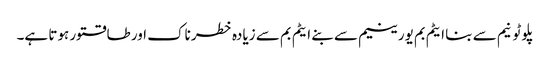
پلوٹونیم سے بنا ایٹم بم یورینیم سے بنے ایٹم بم سے زیادہ خطرناک اور طاقتور ہوتا ہے۔